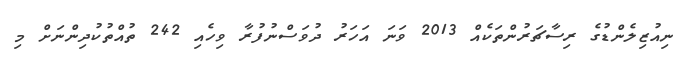
ނިއުޒިލެންޑުގެ ރިސާޗަރުންތަކެއް 2013 ވަނަ އަހަރު ދުވަސްނުފުރާ ވިހެއި 242 ތުއްތުކުދިންނަށް މި